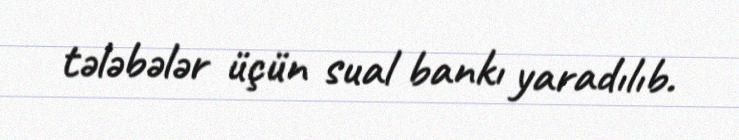
tələbələr üçün sual bankı yaradılıb.